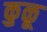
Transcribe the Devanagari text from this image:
कुळू